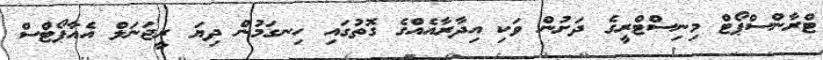
ޓްރާންސްޕޯޓް މިނިސްޓްރީގެ ދަށުން ވަކި އިދާރާއެއްގެ ގޮތުގައި ހިނގަމުން ދިޔަ ރީޖަނަލް އެއާޕޯޓްސް